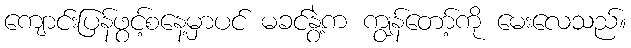
ကျောင်းပြန်ဖွင့်စနေ့မှာပင် မခင်နွဲ့က ကျွန်တော့်ကို မေးလေသည်။